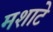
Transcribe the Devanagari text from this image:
मशाटे